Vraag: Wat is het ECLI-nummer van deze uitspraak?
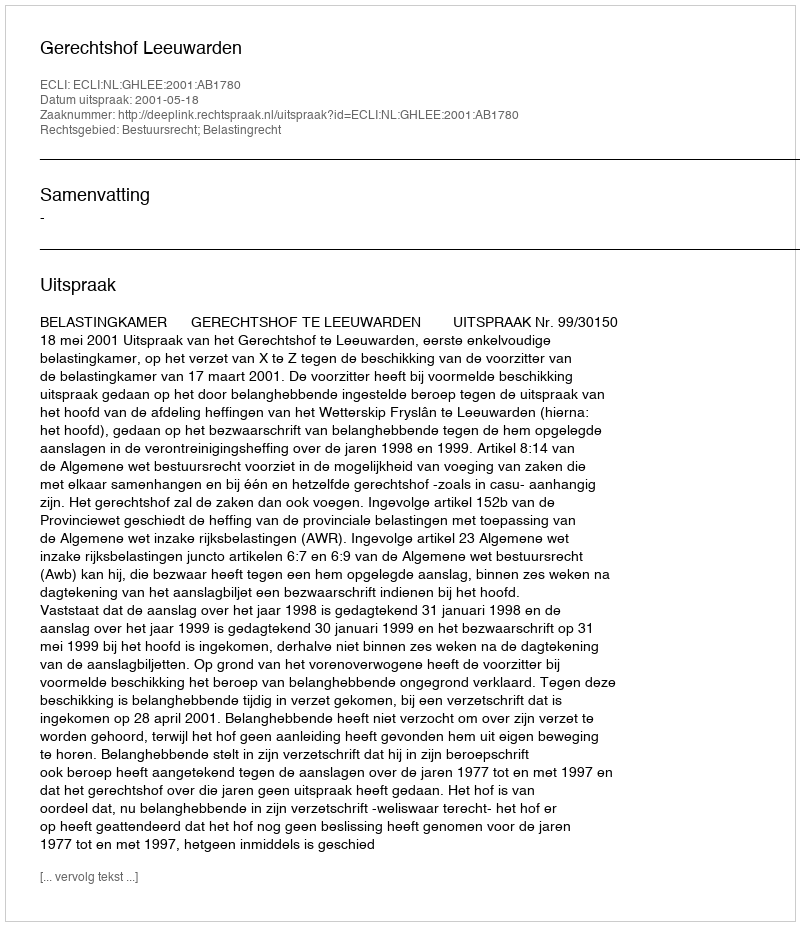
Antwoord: ECLI:NL:GHLEE:2001:AB1780